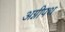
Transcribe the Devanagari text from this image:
अग्नीपथ